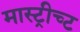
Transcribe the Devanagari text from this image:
मास्ट्रीच्ट